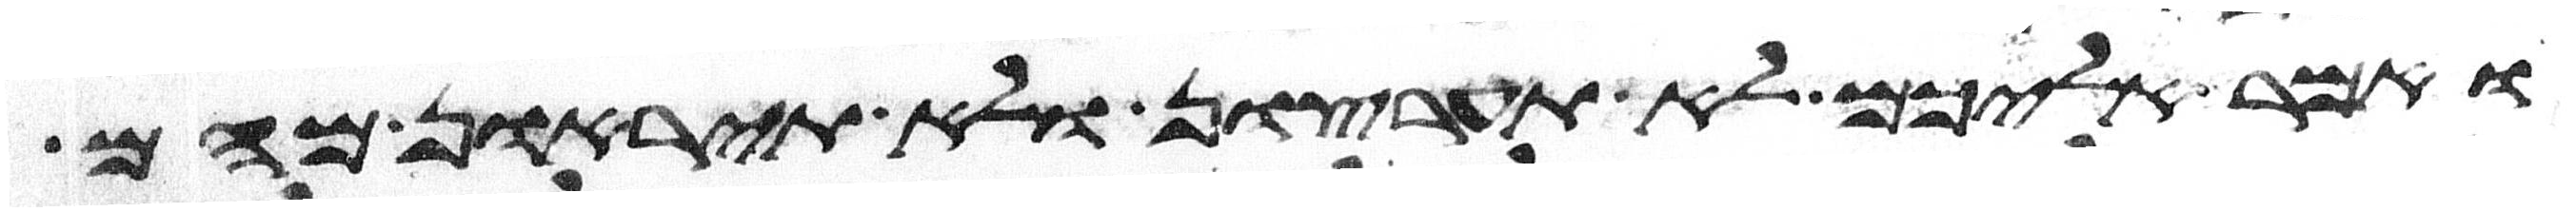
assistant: ואמר אליכם לא תערצון ולא תיראון מהם